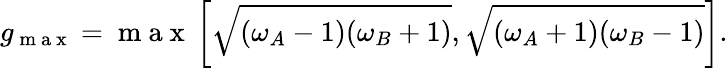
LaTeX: g_{\mathrm{~m~a~x~}}=\mathrm{~m~a~x~}\left[\sqrt{(\omega_{A}-1)(\omega_{B}+1)},\sqrt{(\omega_{A}+1)(\omega_{B}-1)}\right].